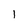
Character: 1